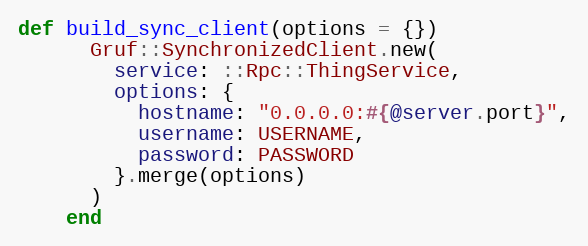
Language: Ruby
def build_sync_client(options = {})
      Gruf::SynchronizedClient.new(
        service: ::Rpc::ThingService,
        options: {
          hostname: "0.0.0.0:#{@server.port}",
          username: USERNAME,
          password: PASSWORD
        }.merge(options)
      )
    end